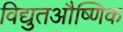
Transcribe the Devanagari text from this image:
विद्युतऔष्णिक